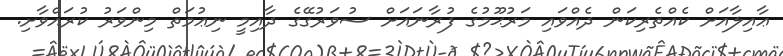
ޢާއިލާއަށް ކެއްތެރިކަން ދެއްވައި މަރުޙޫމުގެ ފުރާނައަށް ސުވަރުގޭގެ ދާއިމީ ނިޢުމަތް މިންވަރު ކުރައްވާށި.